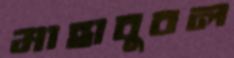
মাহাবুবল